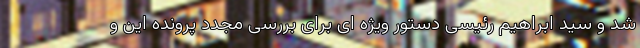
شد و سید ابراهیم رئیسی دستور ویژه ای برای بررسی مجدد پرونده این و